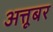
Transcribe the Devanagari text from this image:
अत्तूबर